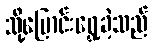
သို့ပြောင်းရွှေ့ခဲ့သည်